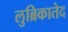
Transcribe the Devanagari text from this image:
लुब्रिकातेद